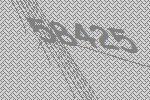
58425